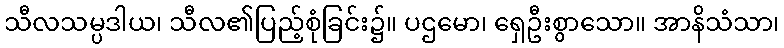
သီလသမ္ပဒါယ၊ သီလ၏ပြည့်စုံခြင်း၌။ ပဌမော၊ ရှေဦးစွာသော။ အာနိသံသာ၊